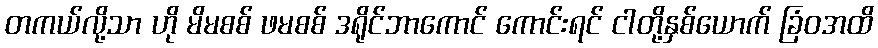
တကယ်လို့သာ ဟို မိမစစ် ဖမစစ် ဒရိုင်ဘာကောင် ကောင်းရင် ငါတို့နှစ်ယောက် ခြံဝအထိ